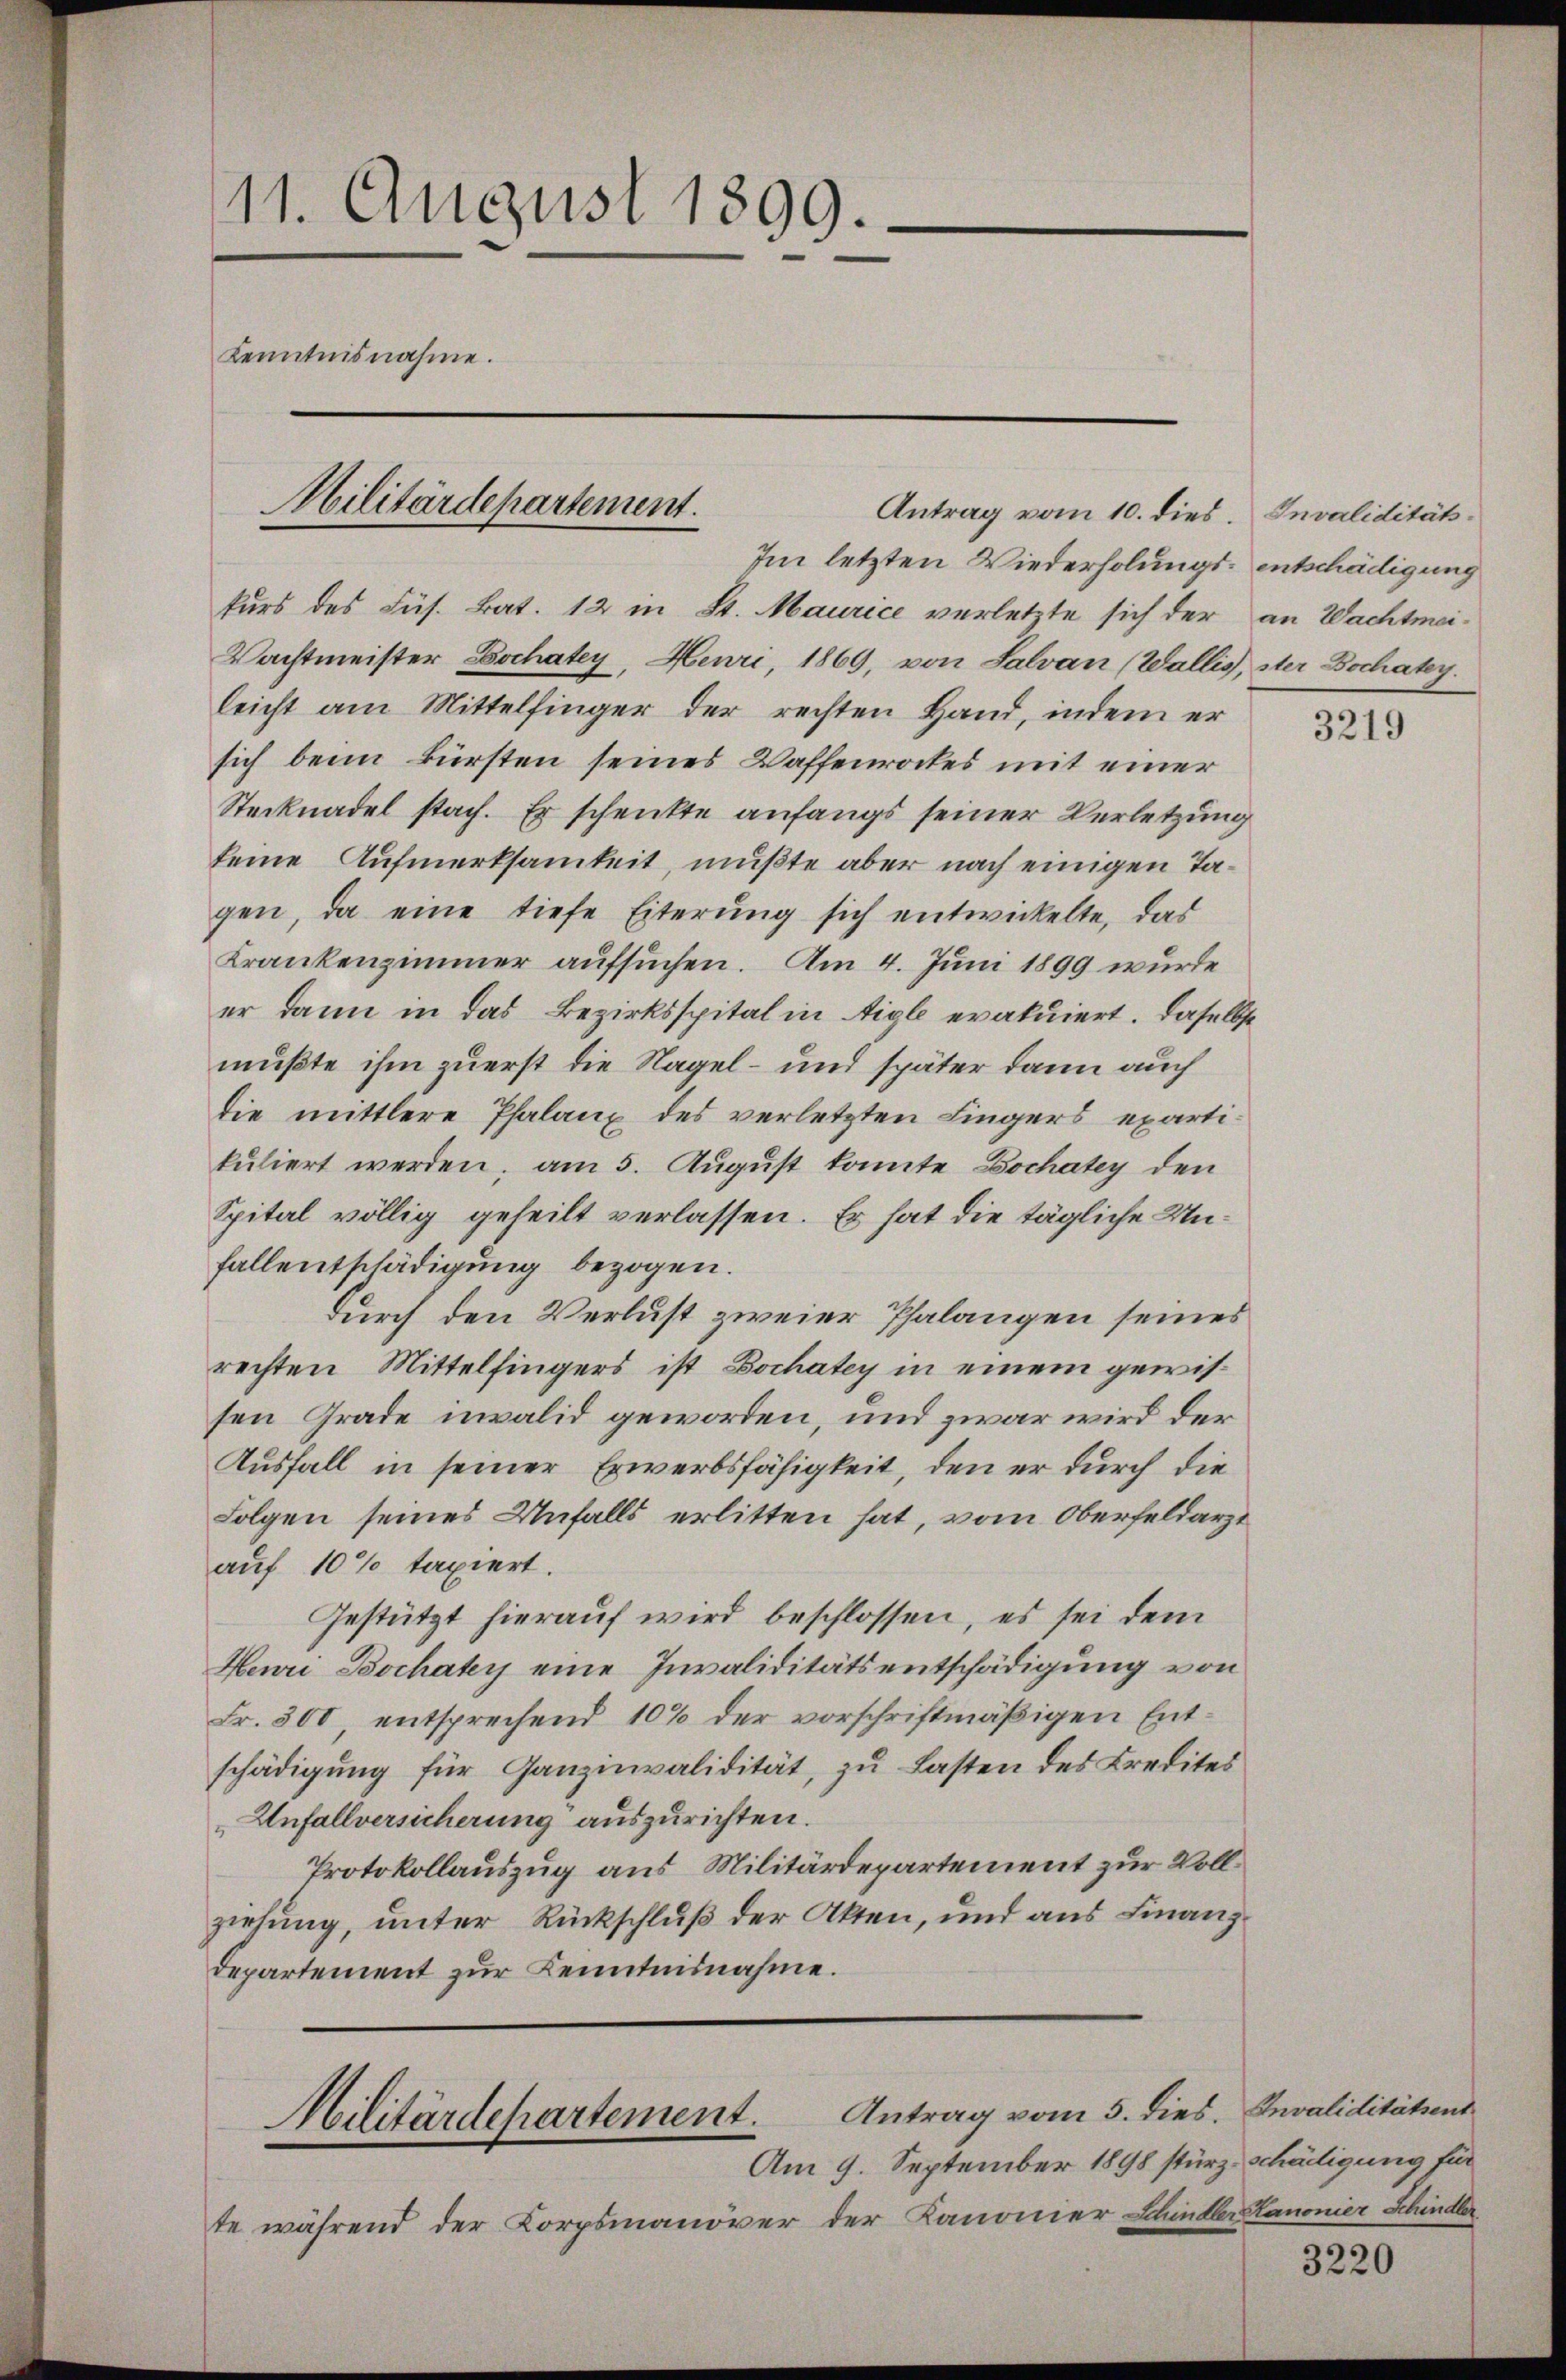
11. August 1899.
Kenntnisnahme.
Militärdepartement.

kurs des Füs. Bat. 12 in St. Maurice verletzte sich der an Wachtmei¬
Wachtmeister Dochatey, Heuri, 1869, von Salvan (Wallis, ster Dochatey.
leicht am Mittelfinger der rechten Hand, indem er
sich beim kürsten seines Waffenrockes mit einer
Stecknadel stach. Er schenkte anfangs seiner Verletzung
keine Aufmerksamkeit, mußte aber nach einigen Tagen, da eine tiefe Eiterung sich entwickelte, das
Krankenzimmer aufsuchen. Am 4. Juni 1899 wurde
er dann in das Bezirksspital in Aigle evakuiert. Daselbst
mußte ihm zuerst die Nagel- und später dann auch
die mittlere Pfalanz des verletzten Lingers exartikuliert werden, am 5. August konnte Bochatey den
Spital völlig geheilt verlassen. Es hat die tägliche Unfallentschädigung bezogen.
durch den Verlust zweier Phalangen seines
rechten Mittelfingers ist Bochatey in einem gewissen Grade invalid geworden, und zwar wird der
Ausfall in seiner Erwerbsfähigkeit, den er durch die
Folgen seines Unfalls erlitten hat, vom Oberfeldarzt
auf 10% taxiert.
Gestützt hierauf wird beschlossen, es sei dem
Henri Bochatey eine Invaliditätsentschädigung von
Fr. 300, entsprechend 10% der vorschriftmäßigen Entschädigung für Ganzinvalidität, zu Lasten des Kredites
Unfallversicherung auszurichten.
Protokollauszug aus Militärdepartement zur Vollziehung, unter Rückschluß der Akten, und aus Finanzdepartement zur Kenntnisnahme.

Antrag vom 10. dies.

Militärdepartement.
Am 9. September 1898 stürz schädigung für

Im letzten Wiederholungs- entschädigung

Antrag vom 5. dies. Invaliditätsent

te während der Korpsmanöver der Kanonier Schindler Kanonier Schindler

Invaliditäts

3219

3220